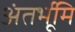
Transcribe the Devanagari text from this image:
अंतर्भूमि